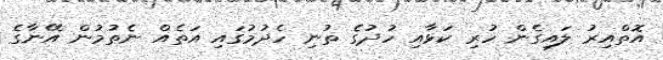
އޮތްއިރު ލައިގެން ހުރި ކަޅާއި ހުދުގެ ތުނި ހެދުމުގައި އަތެއް ނެތުމުން އޭނާގެ